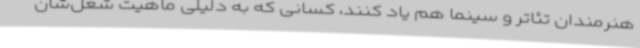
هنرمندان تئاتر و سینما هم یاد کنند، کسانی که به دلیلی ماهیت شغل‌شان